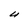
Character: U